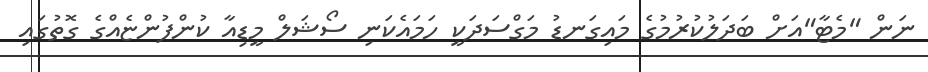
ނަން "މެޓާ"އަށް ބަދަލުކުރުމުގެ މައިގަނޑު މަގްސަދަކީ ހަމައެކަނި ސޯޝަލް މީޑިއާ ކުންފުންޏެއްގެ ގޮތުގައި